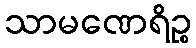
သာမဏေရိဉ္စ